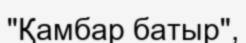
"Қамбар батыр",